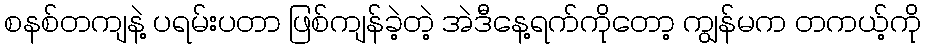
စနစ်တကျနဲ့ ပရမ်းပတာ ဖြစ်ကျန်ခဲ့တဲ့ အဲဒီနေ့ရက်ကိုတော့ ကျွန်မက တကယ့်ကို